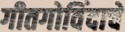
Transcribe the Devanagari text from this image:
गीतगोविंदाचे